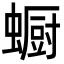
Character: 蟵